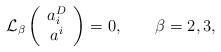
LaTeX: \begin{align*}{\cal L}_\beta \left(\begin{array}{c} a_i^D \\ a^i \end{array}\right)=0,\qquad \beta=2,3,\end{align*}